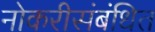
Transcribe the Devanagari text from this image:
नोकरीसंबंधित